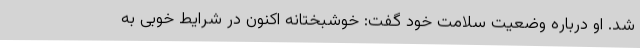
شد. او درباره وضعیت سلامت خود گفت: خوشبختانه اکنون در شرایط خوبی به